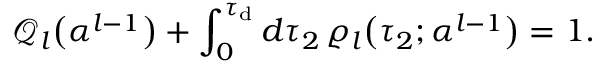
\mathcal { Q } _ { l } \big ( \boldsymbol { \alpha } ^ { l - 1 } \big ) + \int _ { 0 } ^ { \tau _ { \mathrm { d } } } d \tau _ { 2 } \, \varrho _ { l } \big ( \tau _ { 2 } ; \boldsymbol { \alpha } ^ { l - 1 } \big ) = 1 .